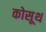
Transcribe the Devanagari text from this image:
कोसूथ